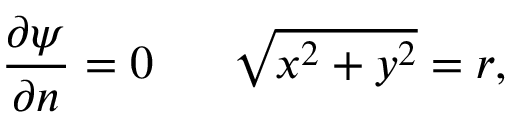
\frac { \partial \psi } { \partial n } = 0 ~ ~ ~ ~ ~ \sqrt { x ^ { 2 } + y ^ { 2 } } = r ,